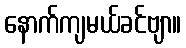
နောက်ကျမယ်ခင်ဗျာ။